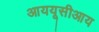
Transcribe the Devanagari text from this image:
आययूसीआय